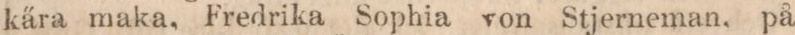
kära maka, Fredrika Sophia von Stjerneman, på